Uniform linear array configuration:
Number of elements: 4
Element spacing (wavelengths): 0.75
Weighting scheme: cosine
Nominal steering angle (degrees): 30
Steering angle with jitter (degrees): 30.56
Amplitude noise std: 0.05
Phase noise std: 0.05

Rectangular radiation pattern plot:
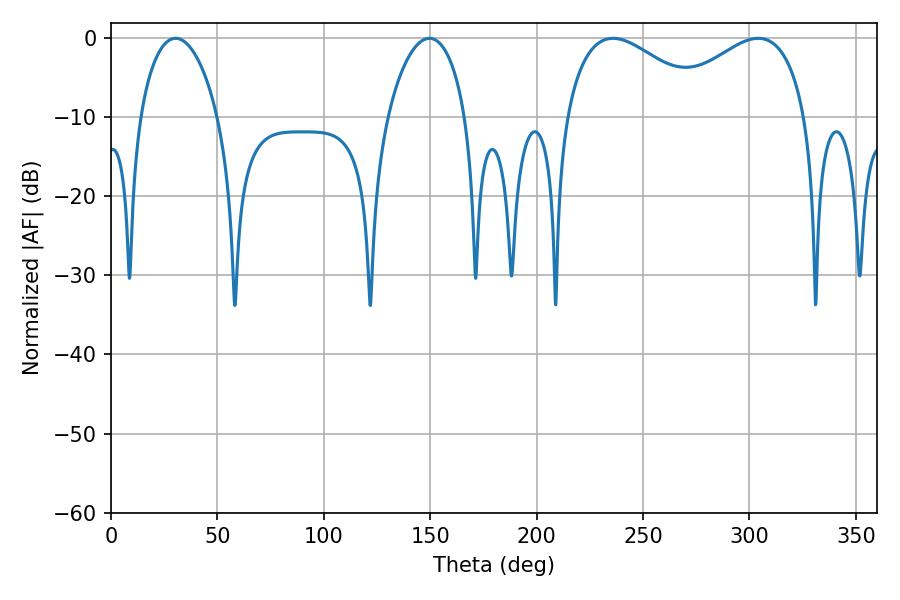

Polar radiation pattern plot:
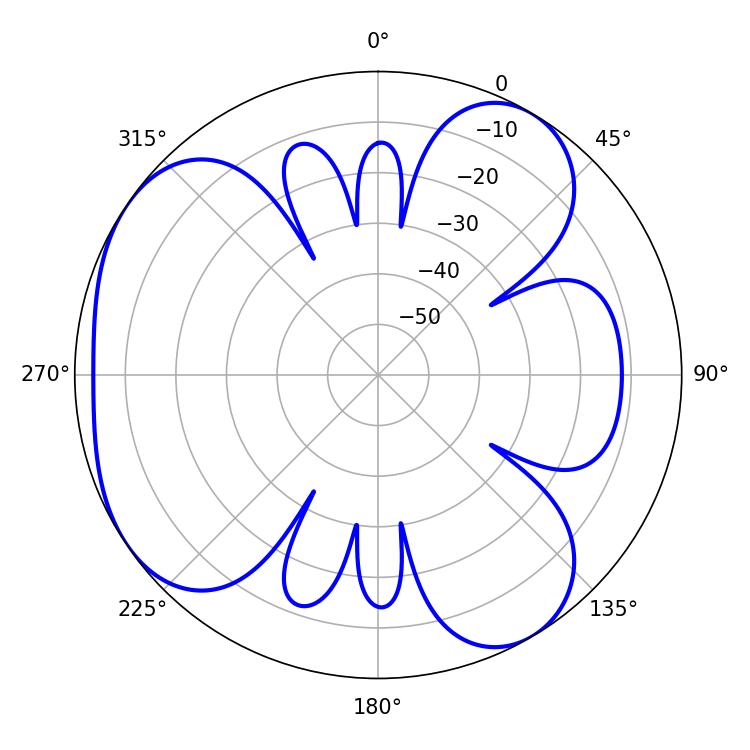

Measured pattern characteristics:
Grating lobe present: TRUE
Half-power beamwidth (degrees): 37.62
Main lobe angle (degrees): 304.2